Civil Veterinary Department Bihar reports 1936-40 - 1936-1940
Year: 1936
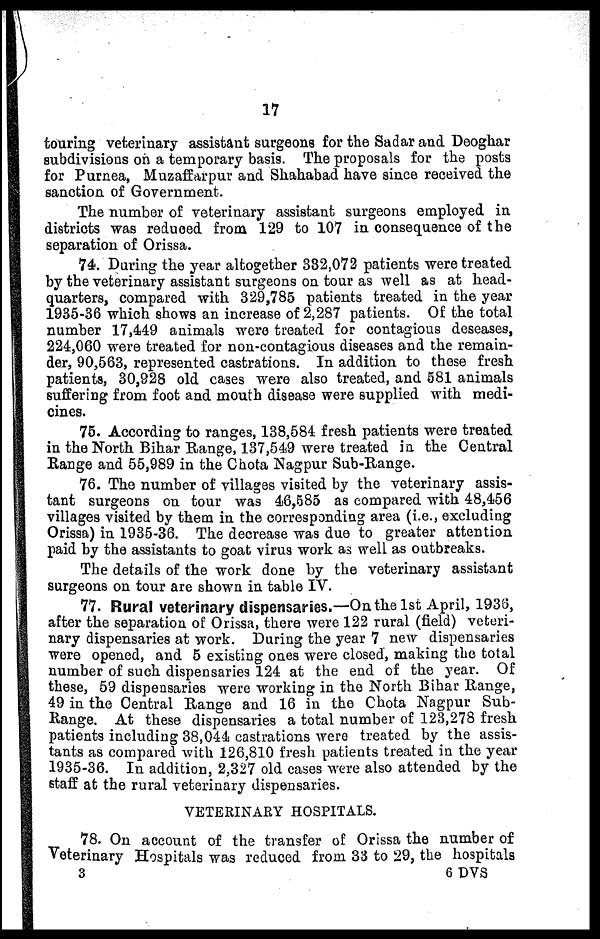
17
touring veterinary assistant surgeons for the Sadar and Deoghar
subdivisions on a temporary basis. The proposals for the posts
for Purnea, Muzaffarpur and Shahabad have since received the
sanction of Government.
The number of veterinary assistant surgeons employed in
districts was reduced from 129 to 107 in consequence of the
separation of Orissa.
74. During the year altogether 382,072 patients were treated
by the veterinary assistant surgeons on tour as well as at head-
quarters, compared with 329,785 patients treated in the year
1935-36 which shows an increase of 2,287 patients. Of the total
number 17,449 animals were treated for contagious deseases,
224,060 were treated for non-contagious diseases and the remain-
der, 90,563, represented castrations. In addition to these fresh
patients, 30,928 old cases were also treated, and 581 animals
suffering from foot and mouth disease were supplied with medi-
cines.
75. According to ranges, 138,584 fresh patients were treated
in the North Bihar Range, 137,549 were treated in the Central
Range and 55,989 in the Chota Nagpur Sub-Range.
76. The number of villages visited by the veterinary assis-
tant surgeons on tour was 46,585 as compared with 48,456
villages visited by them in the corresponding area (i.e., excluding
Orissa) in 1935-36. The decrease was due to greater attention
paid by the assistants to goat virus work as well as outbreaks.
The details of the work done by the veterinary assistant
surgeons on tour are shown in table IV.
77. Rural veterinary dispensaries.—On the 1st April, 1936,
after the separation of Orissa, there were 122 rural (field) veteri-
nary dispensaries at work. During the year 7 new dispensaries
were opened, and 5 existing ones were closed, making the total
number of such dispensaries 124 at the end of the year. Of
these, 59 dispensaries were working in the North Bihar Range,
49 in the Central Range and 16 in the Chota Nagpur Sub-
Range. At these dispensaries a total number of 123,278 fresh
patients including 38,044 castrations were treated by the assis-
tants as compared with 126,810 fresh patients treated in the year
1935-36. In addition, 2,327 old cases were also attended by the
staff at the rural veterinary dispensaries.
VETERINARY HOSPITALS.
78. On account of the transfer of Orissa the number of
Veterinary Hospitals was reduced from 33 to 29, the hospitals
3
6 DVS